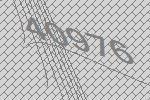
40976